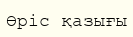
Өріс қазығы